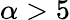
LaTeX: \alpha>5